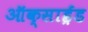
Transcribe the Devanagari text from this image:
ऑक्साई़ड